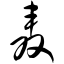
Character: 轰